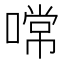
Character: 𠼔